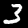
Digit: 3